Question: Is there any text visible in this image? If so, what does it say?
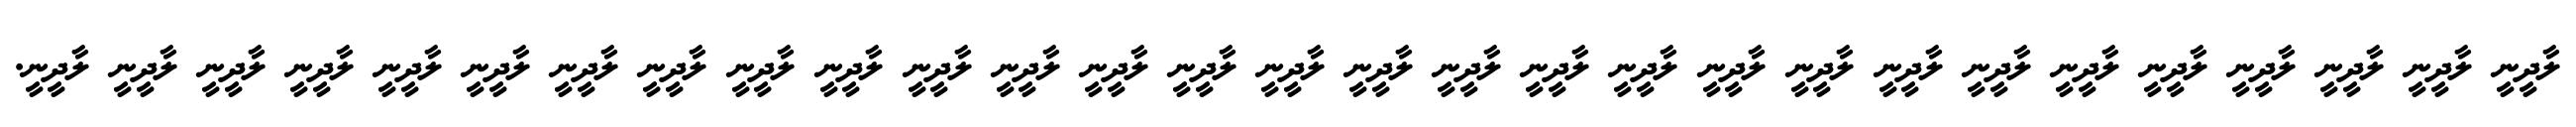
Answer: ލާދީނީ ލާދީނީ ލާދީނީ ލާދީނީ ލާދީނީ ލާދީނީ ލާދީނީ ލާދީނީ ލާދީނީ ލާދީނީ ލާދީނީ ލާދީނީ ލާދީނީ ލާދީނީ ލާދީނީ ލާދީނީ ލާދީނީ ލާދީނީ ލާދީނީ ލާދީނީ ލާދީނީ ލާދީނީ ލާދީނީ ލާދީނީ ލާދީނީ ލާދީނީ ލާދީނީ ލާދީނީ ލާދީނީ.